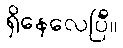
ရှိနေလေပြီ။